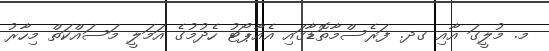
މ. މުލީގަ އާއި ގދ. ފަރެސްމާތޮޑާގައި އެއާޕޯޓު ހެދުމުގެ އަމަލީ މަސައްކަތް މިހާރު